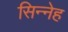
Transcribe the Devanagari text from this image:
सिन्नेह